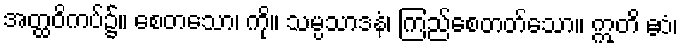
အတ္ထဝိကပ်၌။ စေတသော၊ ကို။ သမ္ပသာဒနံ၊ ကြည်စေတတ်သော။ ဣတိ ဧဝံ၊